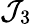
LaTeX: \mathcal{J}_{3}